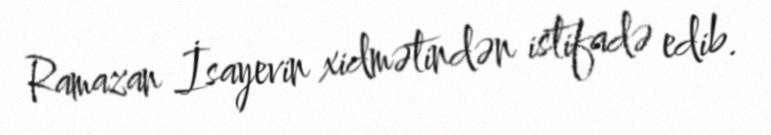
Ramazan İsayevin xidmətindən istifadə edib.